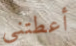
أعطتنى